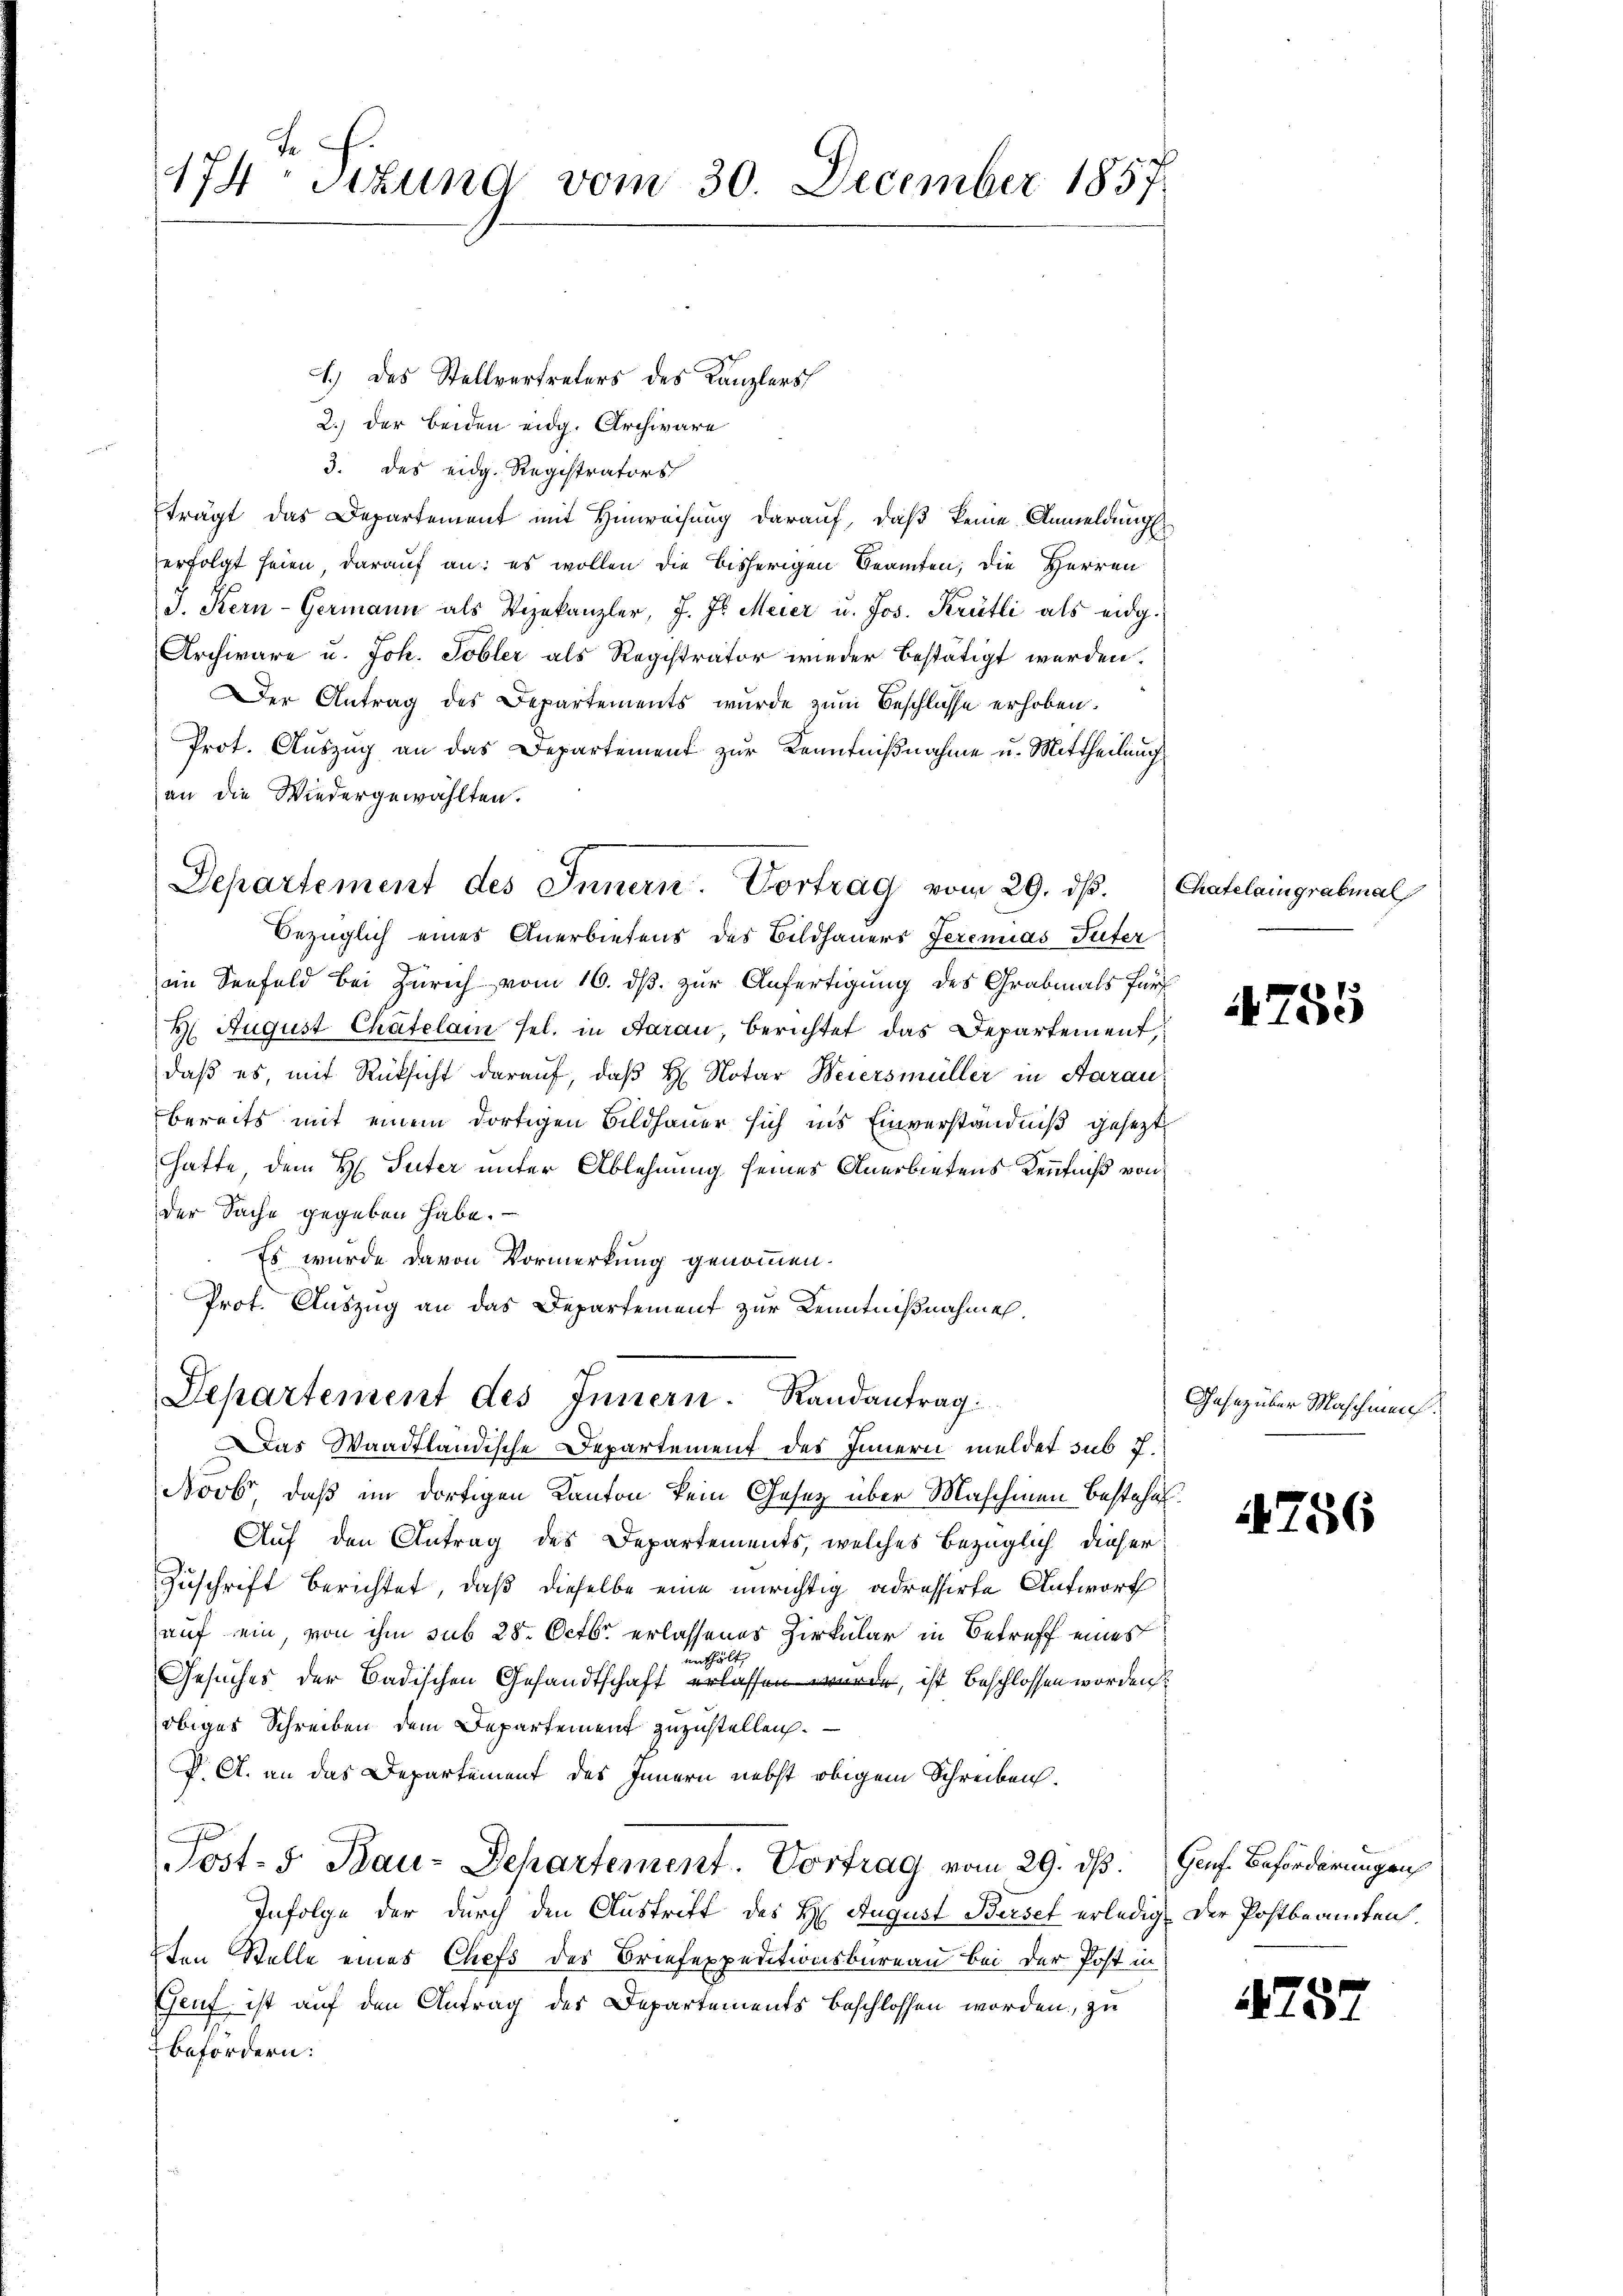
174. Titung vom 30. December 1857

1.) Das Stellvertreters des Kanzlers
2.) der beiden eidg. Archivare
3. des eidg. Registrators
trägt das Departement mit Hinrechung darauf, daß keine Anmeldung
erfolgt seien, darauf an: es wollen die bisherigen Beamten; die Herren
J. Kern-Germann als Vizekanzler, J. J. Meier u. Jos. Krütli als eidg.
Archivare u. Joh. Tobler als Registrator wieder bestätigt werden.
Der Antrag des Departements wurde zum Beschlüsse erhoben.
Prot. Auszug an das Departement zur Kenntnißnahme u. Mittheilung
an die Wiedergewählten.
Bezüglich eines Anerbietens des Bildhauers Jeremias Tuter
eim Seefeld bei Zürich vom 16. ds. zur Anfertigung des Grabmals für
H. August Chatelam sel. in Aarau, Berichtet das Departement,
daß es, mit Rücksicht darauf, daß H: Notar Weiersmüller in Aarau
bereits mit einem dortigen Bildhauer sich ins Einverständniß gesezt
hatte, dem H. Seiter unter Ablehnung seines Anerbietens Kenntniß von
der Sache gegeben habe.
Es wurde davon Vormerkung genommen.
Prot. Auszug an das Departement zur Kenntnißnahmen.
Departement des Innern. Randantrag:
Das Waadtländische Departement des Innern meldet sub J.
Novbr, daß im dortigen Kanton kein Gesetz über Maschinen Bestehe
Auf den Antrag des Departements, welches bezüglich dieser
Zuschrift berichtet, daß dieselbe eine unrichtig adressirte Antwort
auf sein, von ihm sub 28. Octbr. erlassenes Zirkular in Betreff eines
nthält
Gesuches der Badischen Gesandtschaft erlassen wurde, ist beschlossen worden
obiges Schreiben dem Departement zuzustellen.
V. A. an das Departement des Innern nebst obigem Schreiben.
Post- 5. Bau-Departement. Vortrag vom 29. ds. Genf. Beförderungen
Infolge der durch den Austritt des H. August Berset erledigt. Der Postbeamten
ten Stelle eines Chefs des Briefexpeditionsbüreau bei der Post in
Genf ist auf den Antrag des Departements beschlossen worden, zu
befordern:

Departement des Innern. Vortrag vom 29. dβ. Chatelaingrabmal

4755

Gesetz über Maschien.

1756

757